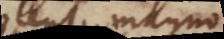
solent magno